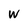
Character: W